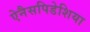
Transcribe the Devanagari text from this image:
ऐनैसपिडेशिया